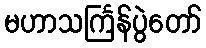
မဟာသင်္ကြန်ပွဲတော်